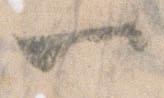
一